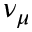
\nu _ { \mu }